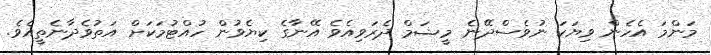
މަންމަ އެހެން ވިޔަކަ ނުވެސްދޭނެ މީޝަމް ދެރަވިއެވެ އޭނާގެ ކިޔެވުން ހުއްޓުމަކަށް އަތުވެދާނެތީއެވެ.